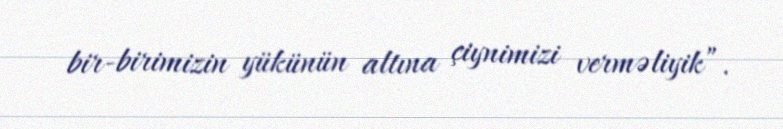
bir-birimizin yükünün altına çiynimizi verməliyik”.